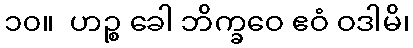
၁၀။  ဟဉ္စ ခေါ ဘိက္ခဝေ ဧဝံ ဝဒါမိ၊